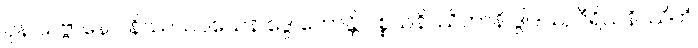
ပုန သဗ္ဗာနေဝ နိဿယဝသေန ဒွေ ဟောန္တိ ပစ္စယနိဿိတာနိ ဒွါဒသ, ဝီရိယနိဿိတံ